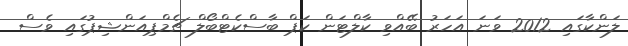
ލަންކާގައި 2012 ވަނަ އަހަރު ބޭއްވި ކާލްޓަން ކަޕް ބާސްކެޓްބޯލް ޗެމްޕިއަންޝިޕުގައި ވެސް